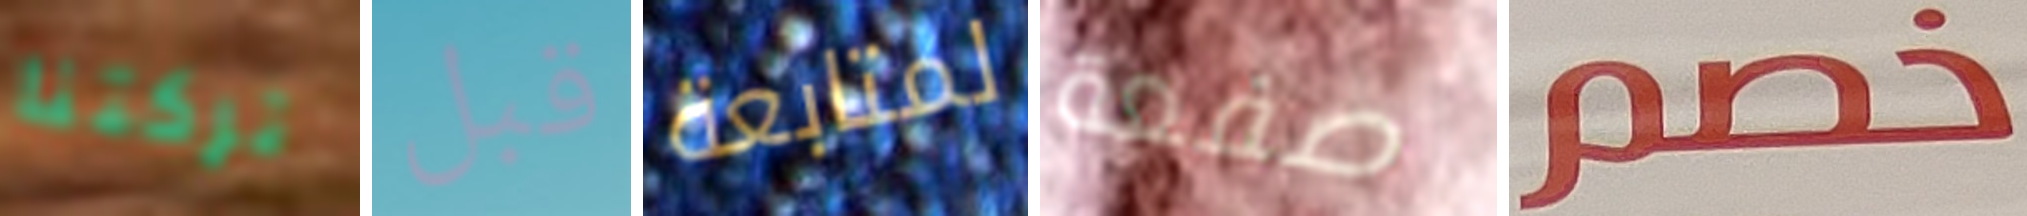
تركتنا قبل لمتابعة صفعة خصم